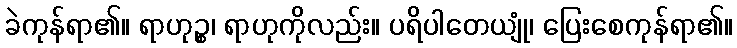
ခဲကုန်ရာ၏။ ရာဟုဉ္စ၊ ရာဟုကိုလည်း။ ပရိပါတေယျုံ၊ ပြေးစေကုန်ရာ၏။